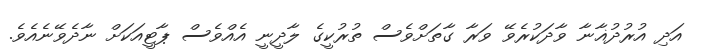
އަދި އުރުދުޣާނާ ވާދަކުރެވޭ ވަރާ ގާތަށްވެސް ތުރުކީގެ ލާދީނީ އެއްވެސް ޕާޓީއަކަށް ނާދެވޭނެއެވެ.